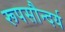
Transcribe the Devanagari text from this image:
रूपसौन्दर्य